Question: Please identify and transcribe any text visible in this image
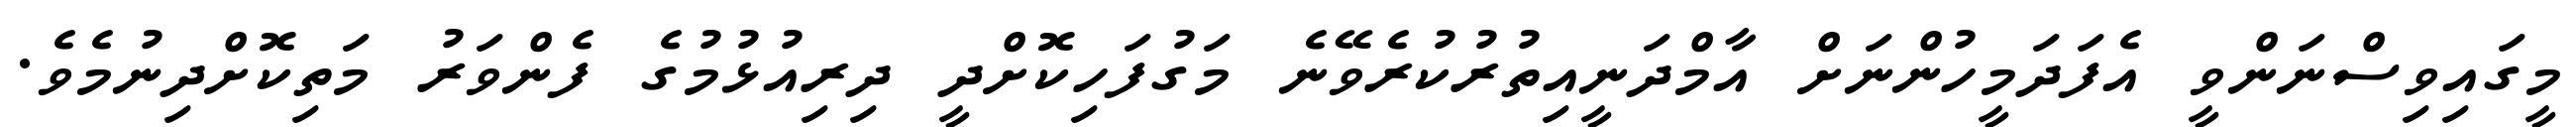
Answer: މީގައިވިސްނަންވީ އެފަދަމީހުންނަށް އާމްދަނީއިތުރުކުރެވޭނެ މަގުފަހިކޮށްދީ ދިރިއުޅުމުގެ ފެންވަރު މަތިކޮށްދިނުމެވެ.